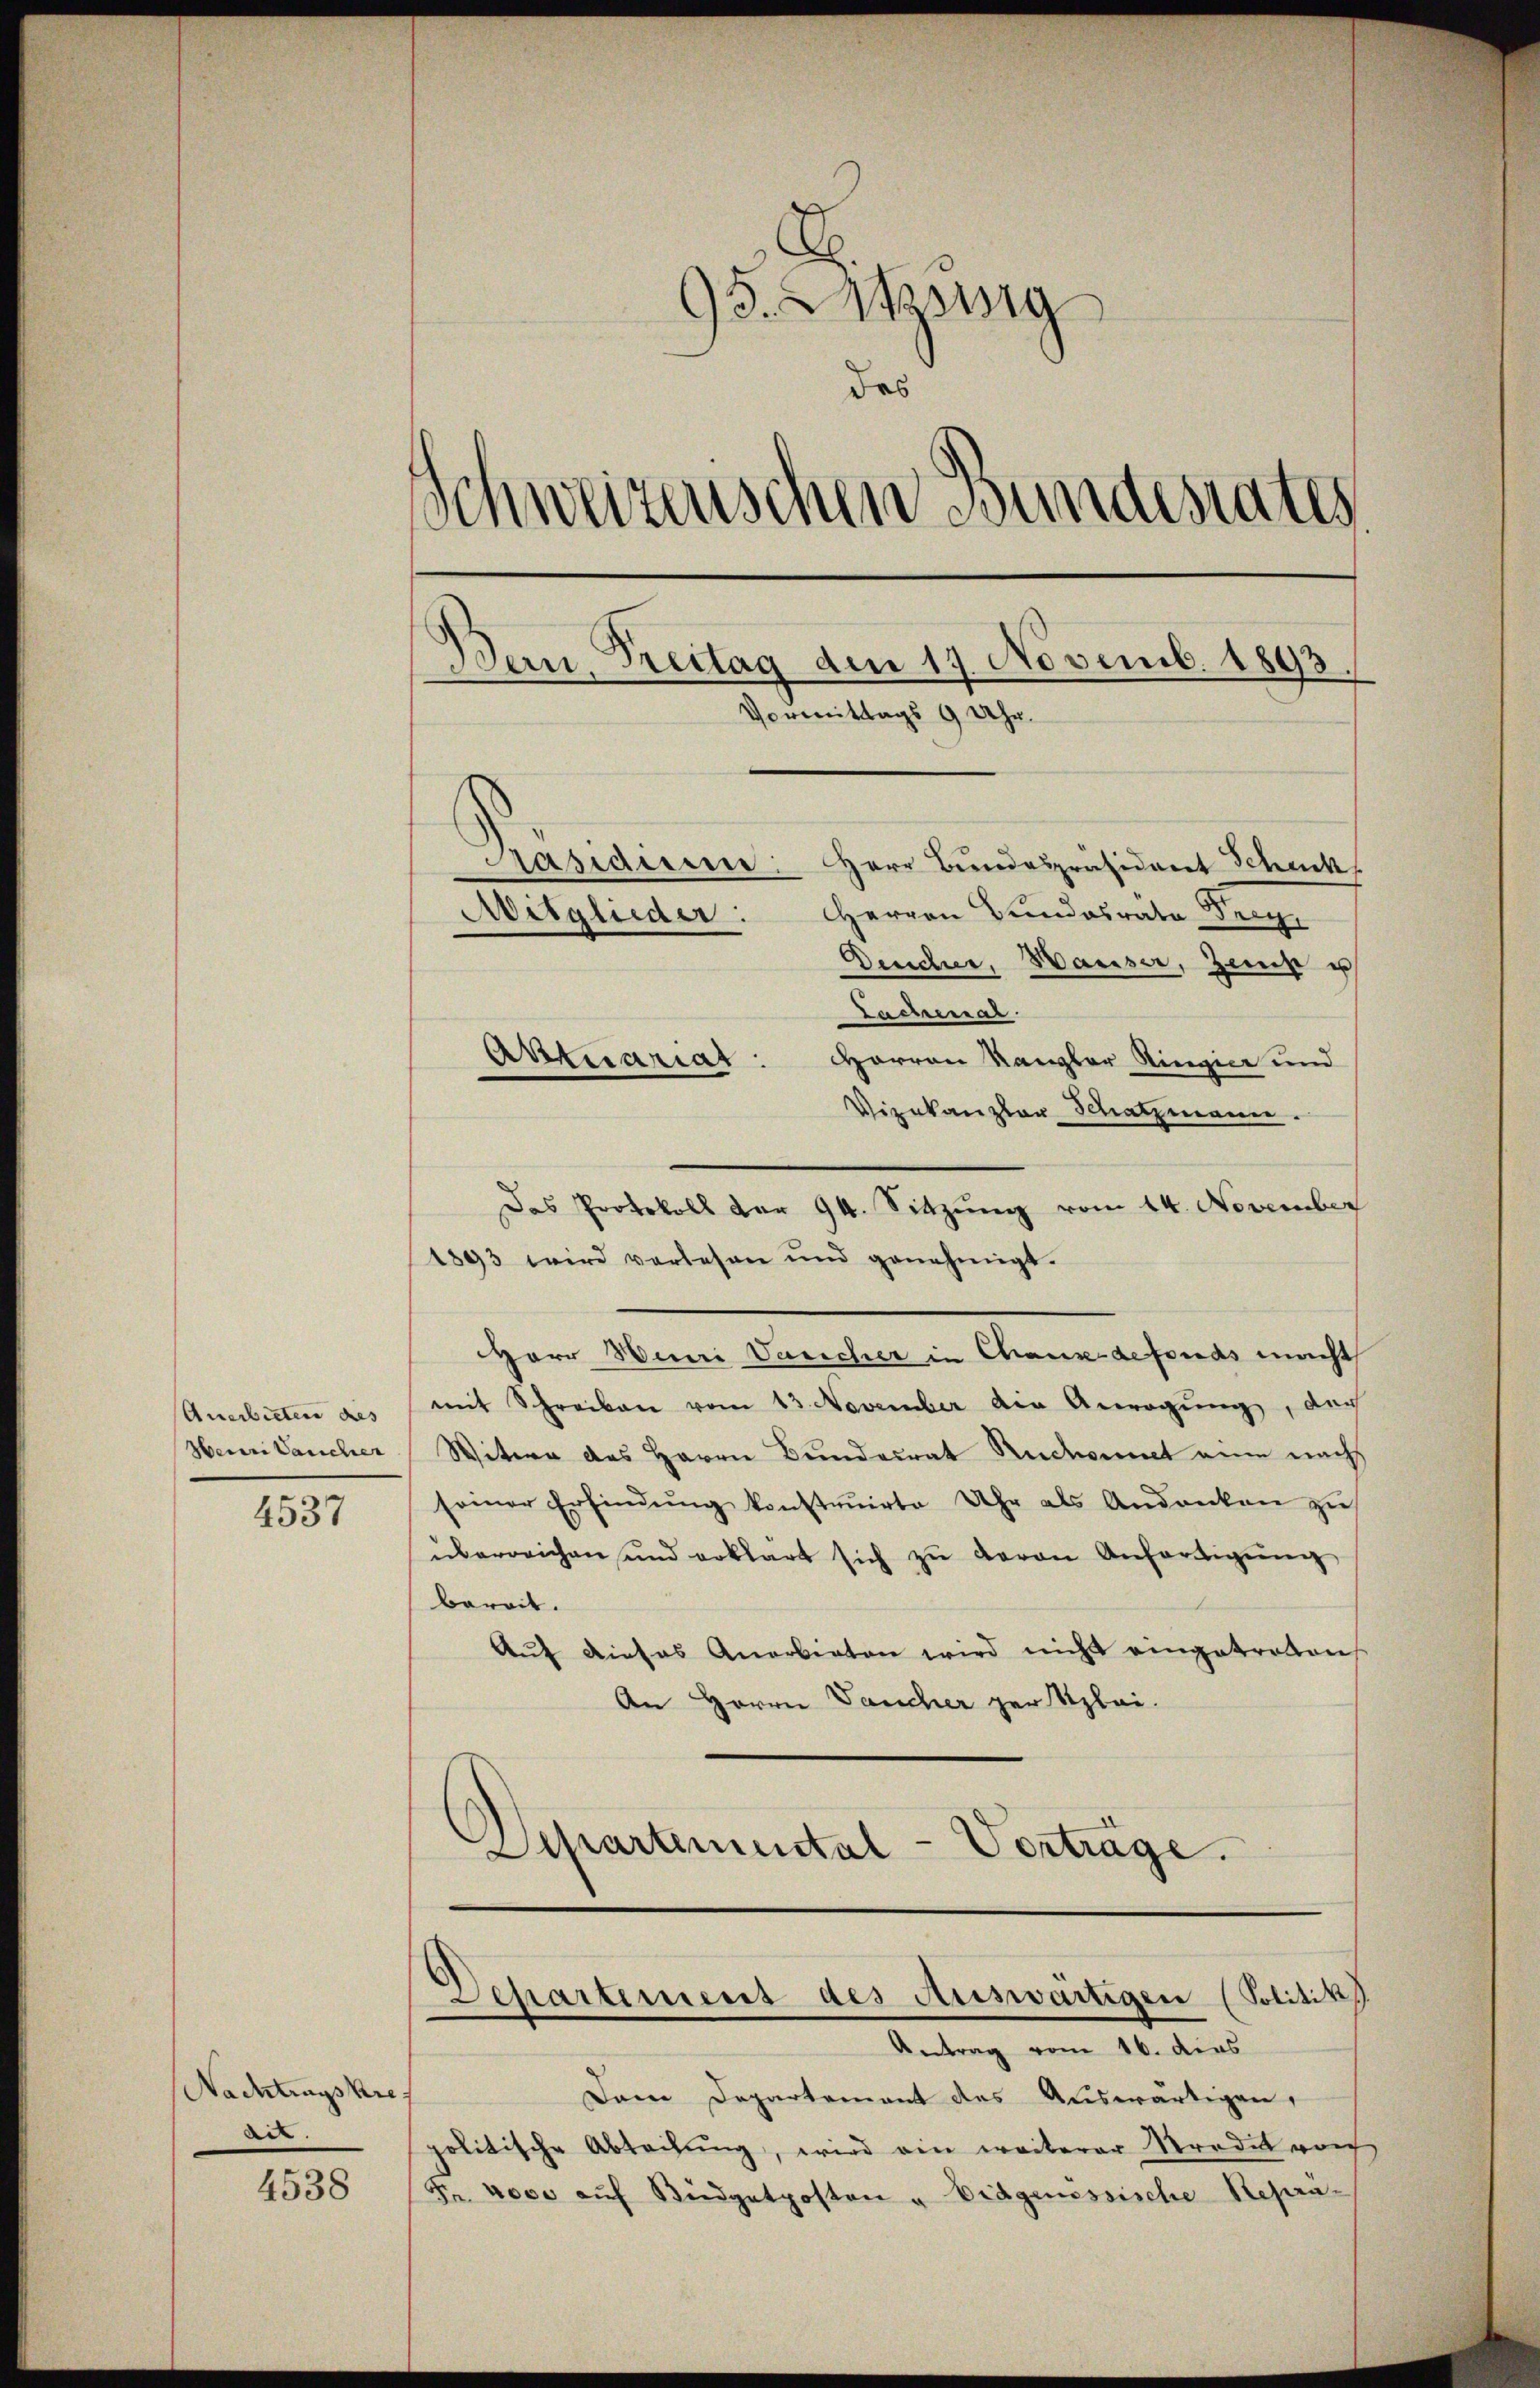
Anerbieten des
Henri Vancher

4537

Nachtragskre
dit.

4538

95. Aug
das
Schweizerischen Bundesrates
Bern, Freitag den 19. Novemb. 1893,
Vormittags 9 Uhr.

Mitglieder:

Präsidiere: Herr Bŭndespräsident Scheck
Herren Bundesrate Seeg
Dendue, Hauser, Zeit u
Lachenrat.
Aktuariat: Herren Kanzler Ringier und
Vizekanzler Schatzmann.
Das Protokoll der 94. Sitzŭng vom 14. November
1893 wird verlesen und genehmigt.
HHerr Henri Vancher in Chaux-defonds macht
mit Schreiben vom 13. November die Anregŭng, der
Witere des Herrn Bundesrat Rucheint eine nach
seiner Erfindŭng konstruirte Uhr als Andenken zŭ
überreichen und erklärt sich zu davon Anfertigung
bereit.
Auf dieses Anerbieten wird nicht eingetretten
An Herrn Dancher per Szlei.
Departemental-Vorträge.

Antrag vom 16. dies
Dem Departement des Auswärtigen,
politische Abteilung, wird ein weiterer Mordes vorh
Fr. voce aŭf Büdgetposten u. Eidgenössische Repra¬

Departement des Auswärtigen (Politik